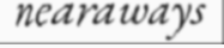
nearaways